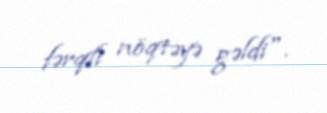
fərqli nöqtəyə gəldi".